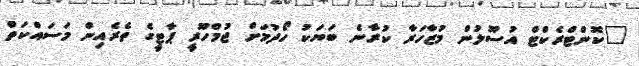
"ކޮންޓްރެކްޓް އުސޫލުން މުޒާހަރާ ކުރާނެ ބަޔަކު ހޯދުމަށް ޖުމްހޫރީ ޕާޓީގެ ތެރެއިން މަސައްކަތް